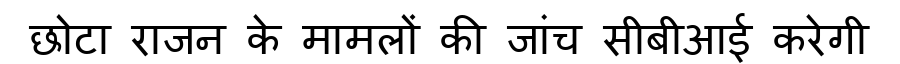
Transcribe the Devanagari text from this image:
छोटा राजन के मामलों की जांच सीबीआई करेगी